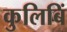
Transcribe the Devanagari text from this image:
कुलिबिं